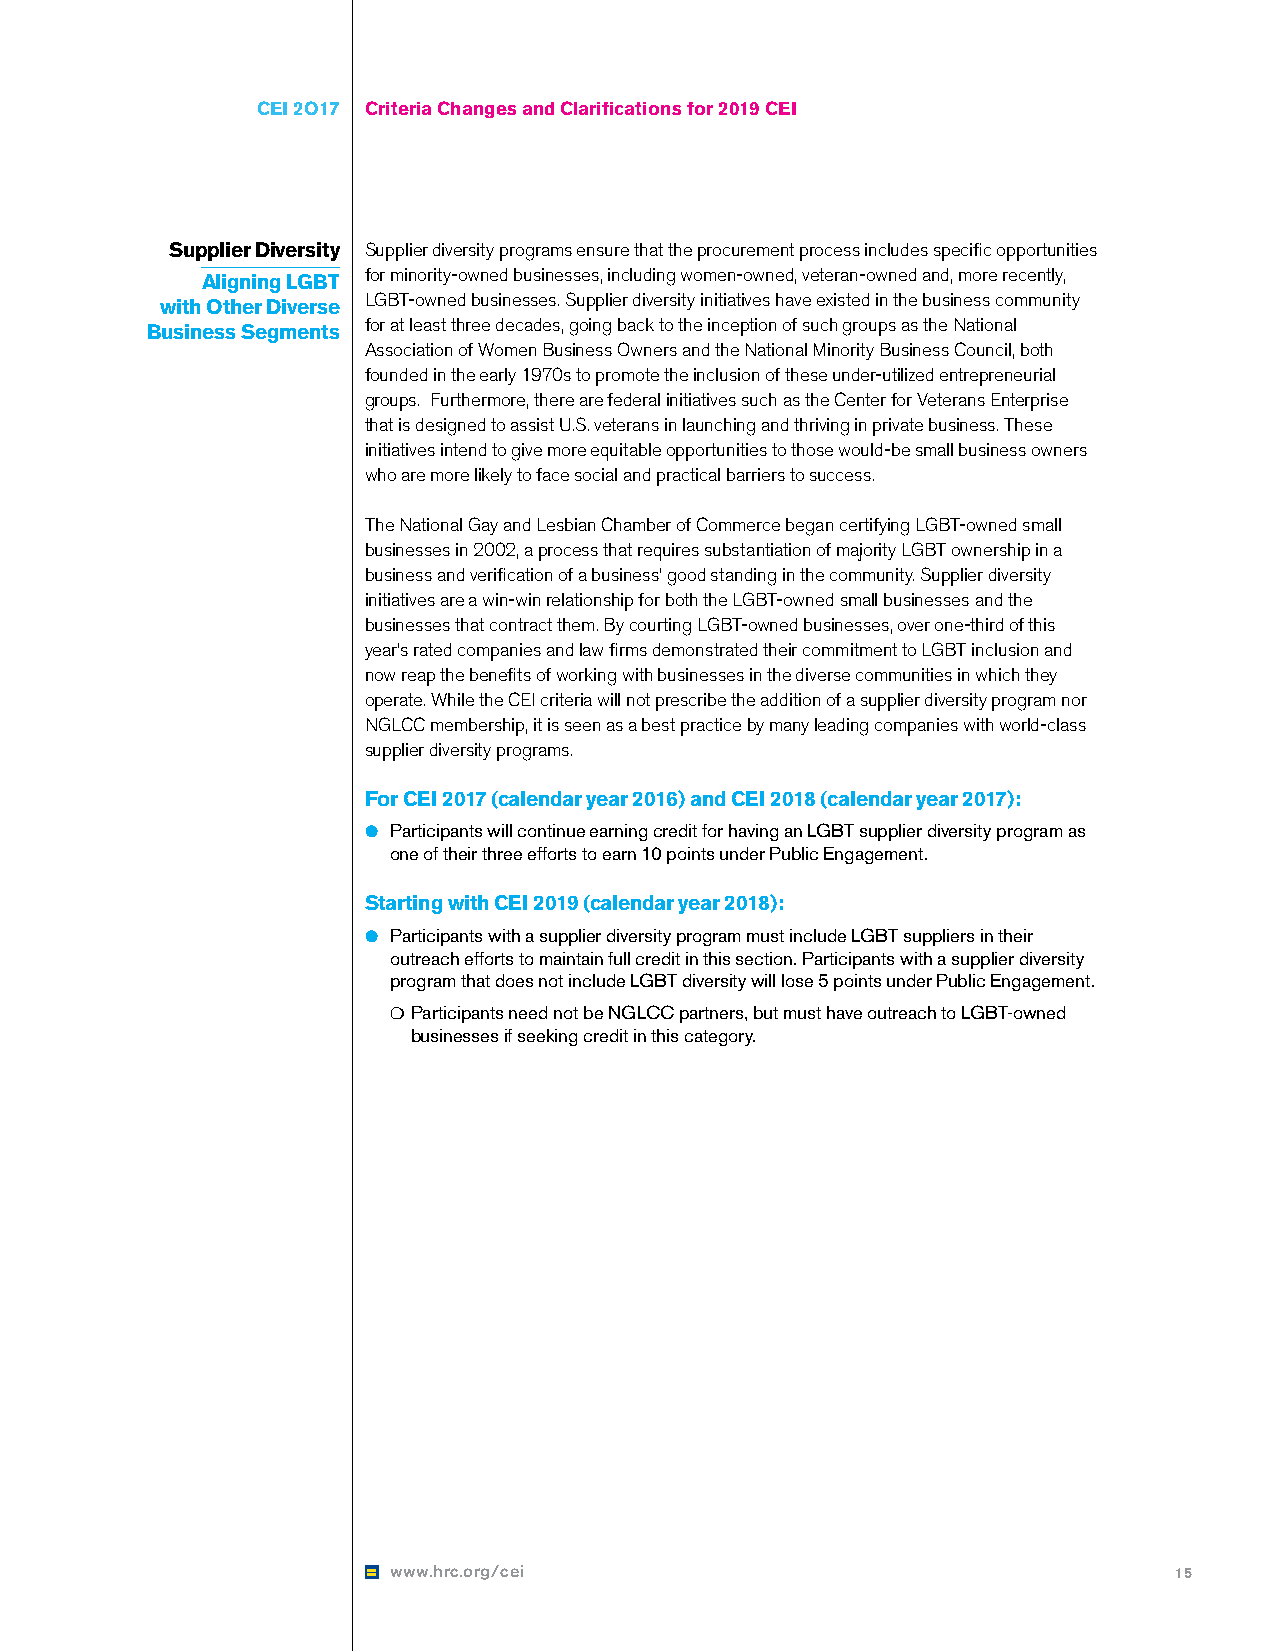
CEI 2O17 Criteria Changes and Clarifications for 2019 CEI
 Supplier Diversity Supplier diversity programs ensure that the procurement process includes specific opportunities
 for minority-owned businesses, including women-owned, veteran-owned and, more recently,
 Aligning LGBT
 LGBT-owned businesses. Supplier diversity initiatives have existed in the business community
 with Other Diverse
 for at least three decades, going back to the inception of such groups as the National
 Business Segments
 Association of Women Business Owners and the National Minority Business Council, both
 founded in the early 1970s to promote the inclusion of these under-utilized entrepreneurial
 groups. Furthermore, there are federal initiatives such as the Center for Veterans Enterprise
 that is designed to assist U.S. veterans in launching and thriving in private business. These
 initiatives intend to give more equitable opportunities to those would-be small business owners
 who are more likely to face social and practical barriers to success.
 The National Gay and Lesbian Chamber of Commerce began certifying LGBT-owned small
 businesses in 2002, a process that requires substantiation of majority LGBT ownership in a
 business and verification of a business’ good standing in the community. Supplier diversity
 initiatives are a win-win relationship for both the LGBT-owned small businesses and the
 businesses that contract them. By courting LGBT-owned businesses, over one-third of this
 year’s rated companies and law firms demonstrated their commitment to LGBT inclusion and
 now reap the benefits of working with businesses in the diverse communities in which they
 operate. While the CEI criteria will not prescribe the addition of a supplier diversity program nor
 NGLCC membership, it is seen as a best practice by many leading companies with world-class
 supplier diversity programs.
 For CEI 2017 (calendar year 2016) and CEI 2018 (calendar year 2017):
 ●● Participants will continue earning credit for having an LGBT supplier diversity program as
 one of their three efforts to earn 10 points under Public Engagement.
 Starting with CEI 2019 (calendar year 2018):
 ●● Participants with a supplier diversity program must include LGBT suppliers in their
 outreach efforts to maintain full credit in this section. Participants with a supplier diversity
 program that does not include LGBT diversity will lose 5 points under Public Engagement.
 ❍●Participants need not be NGLCC partners, but must have outreach to LGBT-owned
 businesses if seeking credit in this category.
 www.hrc.org/cei                                     15